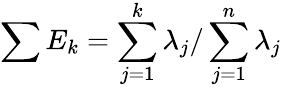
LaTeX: \sum E_{k}=\sum_{j=1}^{k}\lambda_{j}/\sum_{j=1}^{n}\lambda_{j}